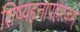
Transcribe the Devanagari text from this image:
शिष्यहृत्तापहारकम्